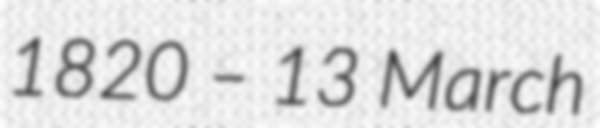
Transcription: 1820 – 13 March